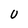
Character: U